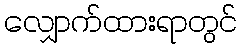
လျှောက်ထားရာတွင်